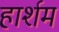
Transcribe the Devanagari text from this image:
हार्शम